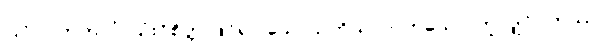
ပြင်ဂဂတတလံ၊ သုံးဝိစိတ္တ ဖြင်၍။ သောသတိယလာတသော၊ တူလျှင်။ တဿ၊